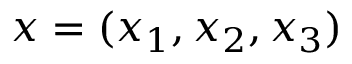
\boldsymbol { x } = ( x _ { 1 } , x _ { 2 } , x _ { 3 } )